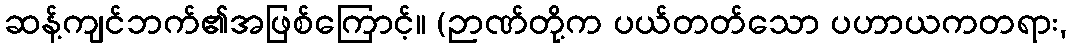
ဆန့်ကျင်ဘက်၏အဖြစ်ကြောင့်။ (ဉာဏ်တို့က ပယ်တတ်သော ပဟာယကတရား,